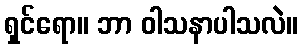
ရှင်ရော။ ဘာ ဝါသနာပါသလဲ။